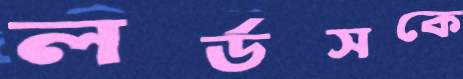
লর্ডসকে